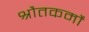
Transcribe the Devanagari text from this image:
श्रौतकर्मों